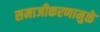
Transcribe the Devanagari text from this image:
समाजीकरणामुळे